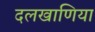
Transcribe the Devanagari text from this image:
दलखाणिया